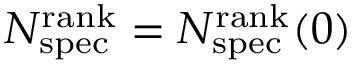
N _ { \mathrm { s p e c } } ^ { \mathrm { r a n k } } = N _ { \mathrm { s p e c } } ^ { \mathrm { r a n k } } ( 0 )